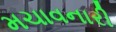
મચાવનારી